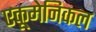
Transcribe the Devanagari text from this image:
एकूमेनिकल